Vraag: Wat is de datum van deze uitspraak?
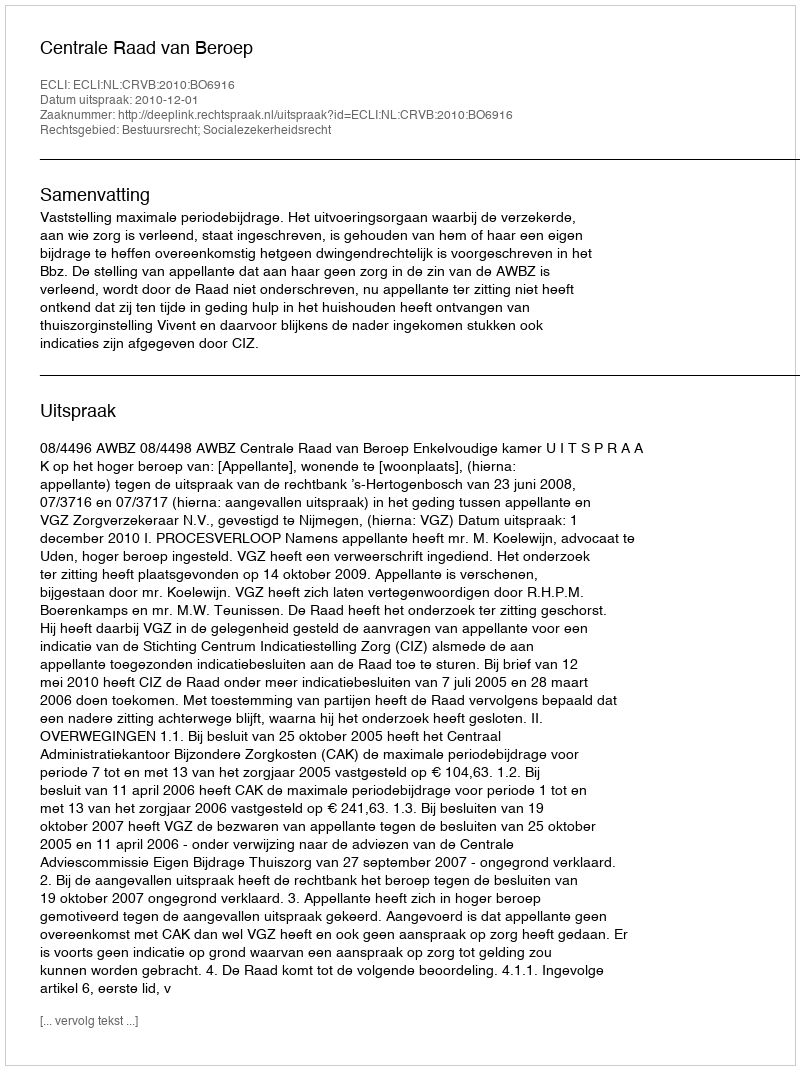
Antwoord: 2010-12-01